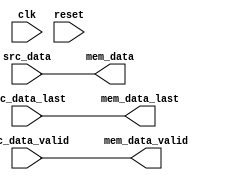
module axi_dmac_resize_src #(
  parameter DATA_WIDTH_SRC = 64,
  parameter DATA_WIDTH_MEM = 64
) (
  input clk,
  input reset,
  input src_data_valid,
  input [DATA_WIDTH_SRC-1:0] src_data,
  input src_data_last,
  output mem_data_valid,
  output [DATA_WIDTH_MEM-1:0] mem_data,
  output mem_data_last
);
generate if (DATA_WIDTH_SRC == DATA_WIDTH_MEM)  begin
  assign mem_data_valid = src_data_valid;
  assign mem_data = src_data;
  assign mem_data_last = src_data_last;
end else begin
  localparam RATIO = DATA_WIDTH_MEM / DATA_WIDTH_SRC;
  reg [RATIO-1:0] mask = 'h1;
  reg valid = 1'b0;
  reg last = 1'b0;
  reg [DATA_WIDTH_MEM-1:0] data = 'h0;
  always @(posedge clk) begin
    if (reset == 1'b1) begin
      valid <= 1'b0;
      mask <= 'h1;
    end else if (src_data_valid == 1'b1) begin
      valid <= mask[RATIO-1] || src_data_last;
      if (src_data_last) begin
        mask <= 'h1;
      end else begin
        mask <= {mask[RATIO-2:0],mask[RATIO-1]};
      end
    end else begin
      valid <= 1'b0;
    end
  end
  integer i;
  always @(posedge clk) begin
    for (i = 0; i < RATIO; i = i+1) begin
      if (mask[i] == 1'b1) begin
        data[i*DATA_WIDTH_SRC+:DATA_WIDTH_SRC] <= src_data;
      end
    end
    last <= src_data_last;
  end
  assign mem_data_valid = valid;
  assign mem_data = data;
  assign mem_data_last = last;
end endgenerate
endmodule